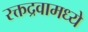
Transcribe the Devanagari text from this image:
रक्तद्रवामध्ये